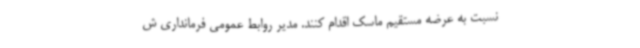
نسبت به عرضه مستقیم ماسک اقدام کنند. مدیر روابط عمومی فرمانداری ش